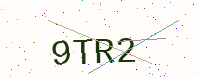
Text: 9TR2